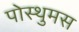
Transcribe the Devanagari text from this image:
पोस्थुमस